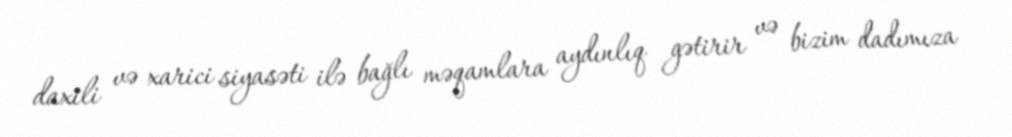
daxili və xarici siyasəti ilə bağlı məqamlara aydınlıq gətirir və bizim dadımıza